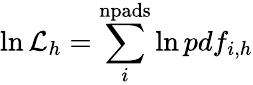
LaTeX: \ln\mathcal{L}_{h}=\sum_{i}^{\mathrm{{npads}}}\ln pdf_{i,h}